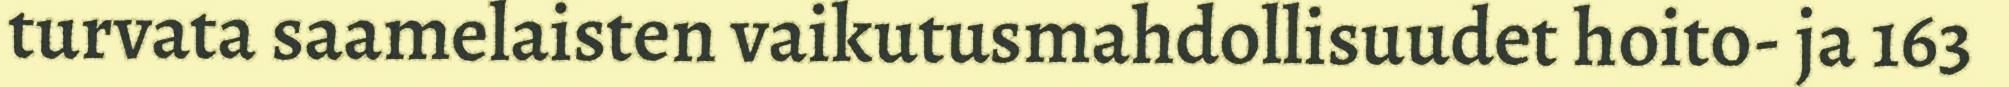
turvata saamelaisten vaikutusmahdollisuudet hoito- ja 163